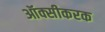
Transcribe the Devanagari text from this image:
ऑक्सीकरक